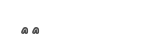
١٠